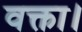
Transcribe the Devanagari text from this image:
वक्ता।